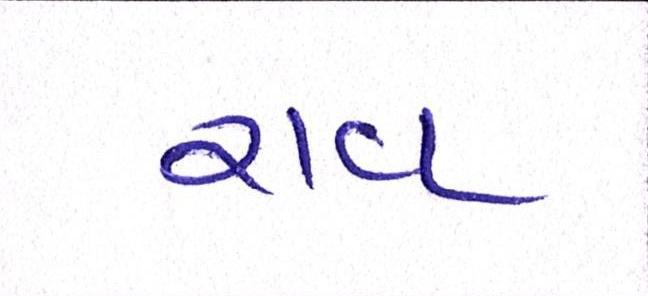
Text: રાવ